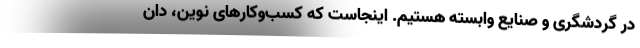
در گردشگری و صنایع وابسته هستیم. اینجاست که کسب‌وکارهای نوین، دان